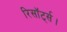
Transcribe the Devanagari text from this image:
रिसॉर्ट्स।